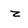
Character: z